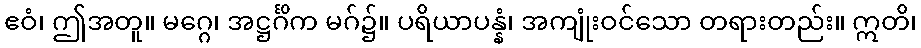
ဧဝံ၊ ဤအတူ။ မဂ္ဂေ၊ အဋ္ဌင်္ဂိက မဂ်၌။ ပရိယာပန္နံ၊ အကျုံးဝင်သော တရားတည်း။ ဣတိ၊